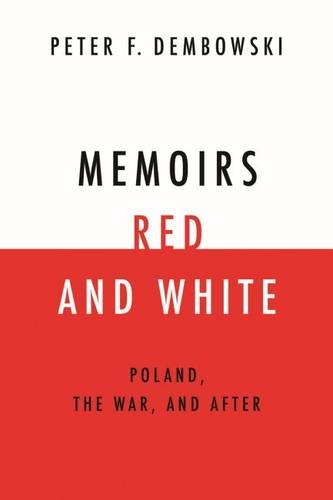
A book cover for Memoirs Red and White: Poland, the War, and After; Peter F Dembowski; Biographies & Memoirs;